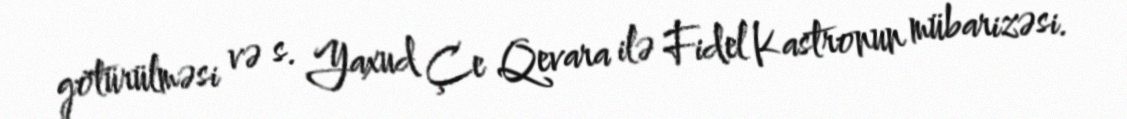
götürülməsi və s. Yaxud Çe Qevara ilə Fidel Kastronun mübarizəsi.